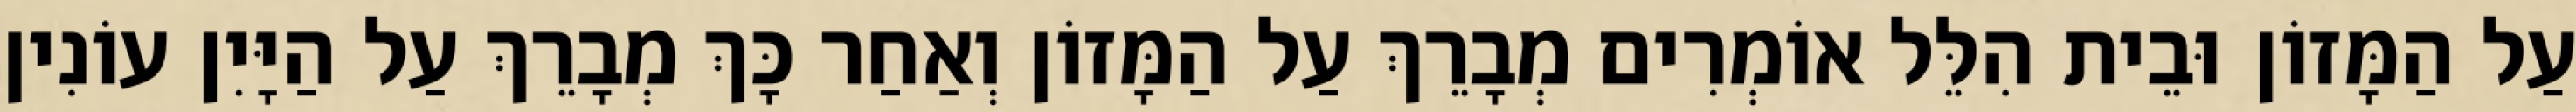
עַל הַמָּזוֹן וּבֵית הִלֵּל אוֹמְרִים מְבָרֵךְ עַל הַמָּזוֹן וְאַחַר כָּךְ מְבָרֵךְ עַל הַיָּיִן עוֹנִין